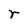
Character: r